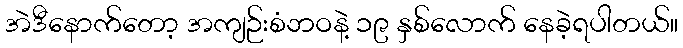
အဲဒီနောက်တော့ အကျဉ်းစံဘဝနဲ့ ၁၉ နှစ်လောက် နေခဲ့ရပါတယ်။